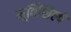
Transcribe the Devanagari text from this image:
मूर्तिशिल्पे